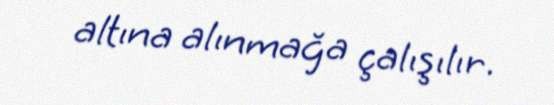
altına alınmağa çalışılır.